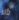
تأثر